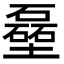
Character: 𪤬